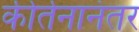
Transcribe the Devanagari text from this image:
कीर्तनानंतर